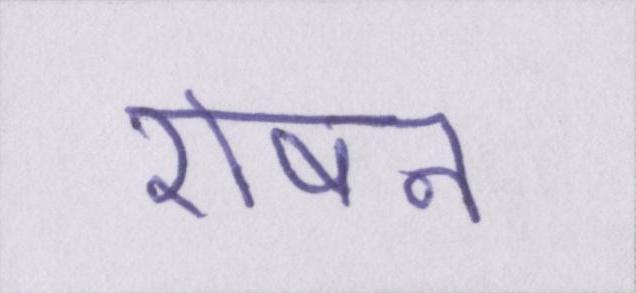
रोषन